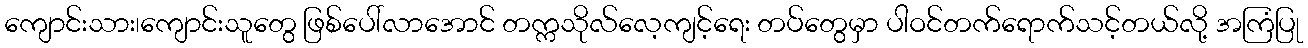
ကျောင်းသား၊ကျောင်းသူတွေ ဖြစ်ပေါ်လာအောင် တက္ကသိုလ်လေ့ကျင့်ရေး တပ်တွေမှာ ပါဝင်တက်ရောက်သင့်တယ်လို့ အကြံပြု